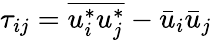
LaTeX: \tau_{ij}=\overline{{u_{i}^{*}u_{j}^{*}}}-\bar{u}_{i}\bar{u}_{j}